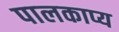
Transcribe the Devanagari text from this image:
पालकाप्य